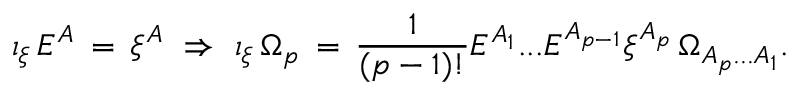
\iota _ { \xi } \, E ^ { A } \, = \, \xi ^ { A } \ \Rightarrow \ \iota _ { \xi } \, \Omega _ { p } \, = \, \frac { 1 } { ( p - 1 ) ! } E ^ { A _ { 1 } } . . . E ^ { A _ { p - 1 } } \xi ^ { A _ { p } } \, \Omega _ { A _ { p } . . . A _ { 1 } } .